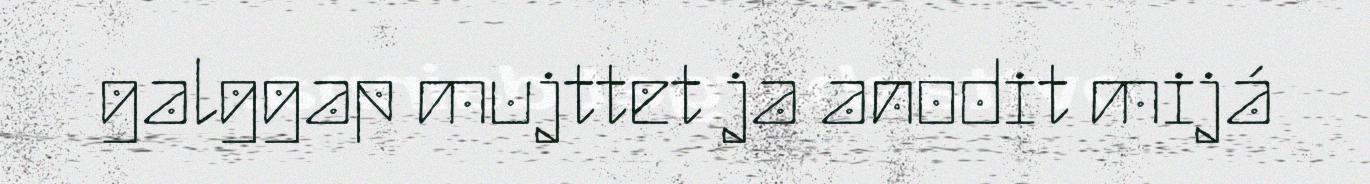
galggap mujttet ja anodit mijá